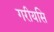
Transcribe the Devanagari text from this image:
गरीयसि